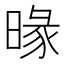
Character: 𣈬